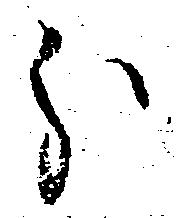
分